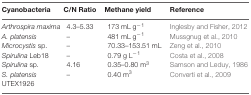
| Cyanobacteria | C/N Ratio | Methane yield | Reference |
 | --- | --- | --- | --- |
 | Arthrospira maximaA. platensisMicrocystis sp.Spirulina Leb18Spirulina sp.S. platensis UTEX1926 | 4.3–5.33–––4.16– | 173 mL g-1481 mL g-170.33–153.51 mL0.79 g L-10.35–0.80 m30.40 m3 | Inglesby and Fisher, 2012Mussgnug et al., 2010Zeng et al., 2010Costa et al., 2008Samson and Leduy, 1986Converti et al., 2009 |